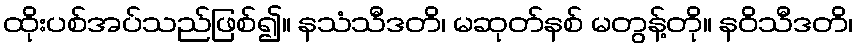
ထိုးပစ်အပ်သည်ဖြစ်၍။ နသံသီဒတိ၊ မဆုတ်နစ် မတွန့်တို။ နဝိသီဒတိ၊